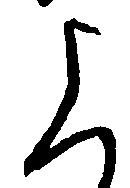
よ